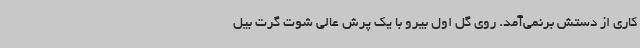
کاری از دستش برنمی‌آمد. روی گل اول بیرو با یک پرش عالی شوت گرت بیل